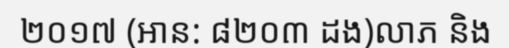
២០១៧ (អាន: ៨២០៣ ដង)លាភ និង